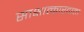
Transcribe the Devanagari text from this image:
साक्षात्कारदाता